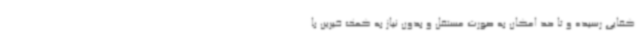
کفایی رسیده و تا حد امکان به صورت مستقل و بدون نیاز به کمک خیرین با